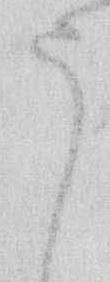
う